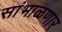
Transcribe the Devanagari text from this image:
सांभाळणार